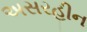
અસરહીન